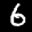
Label: 6